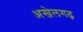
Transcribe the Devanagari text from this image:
अखेलगढ़